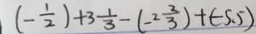
( - \frac { 1 } { 2 } ) + 3 \frac { 1 } { 3 } - ( - 2 \frac { 2 } { 3 } ) + ( - 5 . 5 )